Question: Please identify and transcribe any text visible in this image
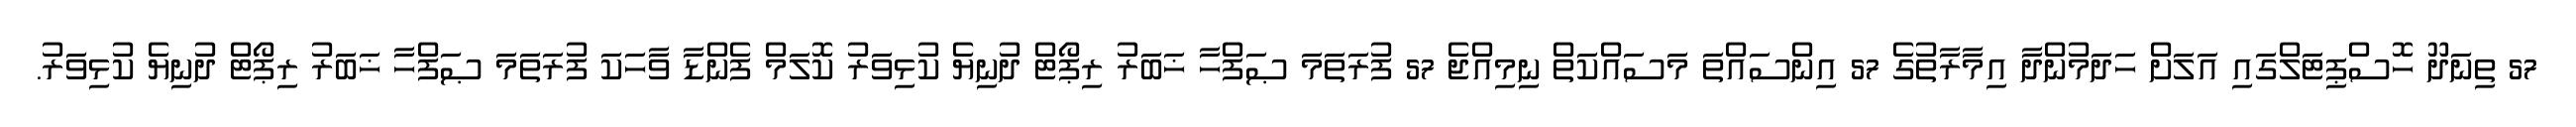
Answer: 57 ތިނަދޫ ހޮސްޕިޓަލްގައި އަލަށް ހަދަމުންދާ އިމާރާތުގެ 57 އިންސައްތަ މަސައްކަތް ނިމިއްޖެ 57 ފުރަތަމަ ޞަފްހާ ޚަބަރު ރިޕޯޓް ދުނިޔެ ކުޅިވަރު ކޮލަމް ފެންޑާ ވާހަކަ ފުރަތަމަ ޞަފްހާ ޚަބަރު ރިޕޯޓް ދުނިޔެ ކުޅިވަރު.